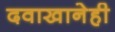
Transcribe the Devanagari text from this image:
दवाखानेही